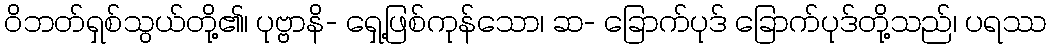
ဝိဘတ်ရှစ်သွယ်တို့၏၊ ပုဗ္ဗာနိ- ရှေ့ဖြစ်ကုန်သော၊ ဆ- ခြောက်ပုဒ် ခြောက်ပုဒ်တို့သည်၊ ပရဿ